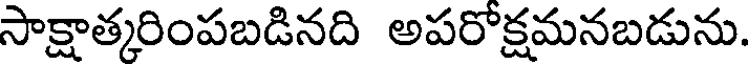
సాక్షాత్కరింపబడినది అపరోక్షమనబడును.